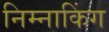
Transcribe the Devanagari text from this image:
निम्नाकिंग